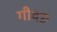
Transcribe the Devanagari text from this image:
गीदङ